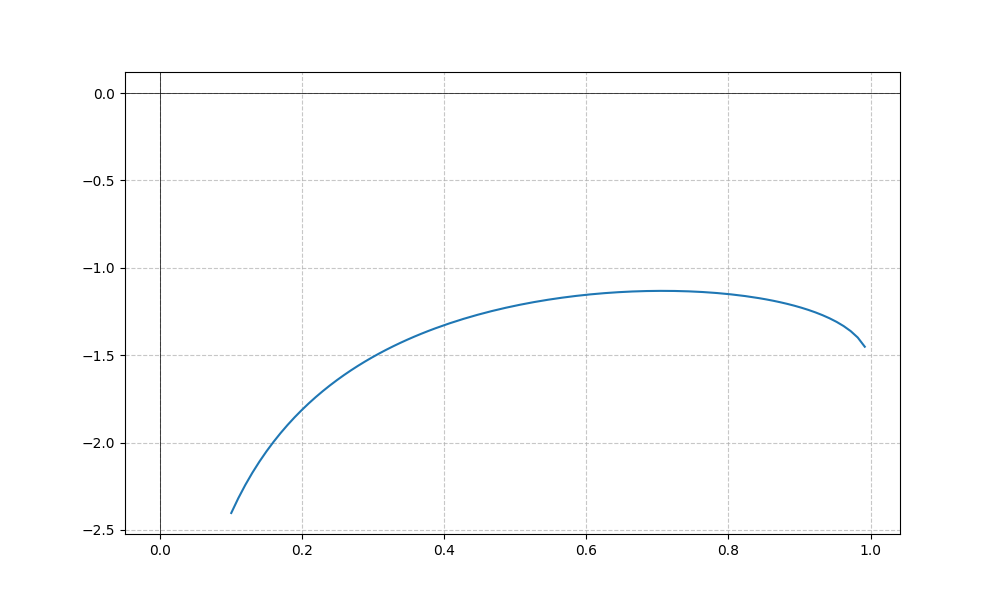
LaTeX formula: \log{\left(x \right)} - \operatorname{asin}{\left(x \right)}